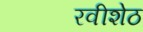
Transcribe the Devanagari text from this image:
रवीशेठ